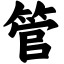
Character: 管